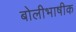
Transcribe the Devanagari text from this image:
बोलीभाषीक